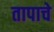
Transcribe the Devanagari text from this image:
तापाचे